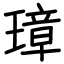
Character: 璋